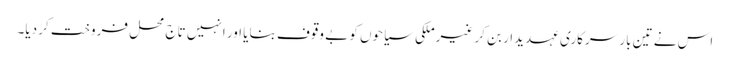
اس نے تین بار سرکاری عہدیدار بن کر غیرملکی سیاحوں کو بے وقوف بنایا اور انہیں تاج محل فروخت کر دیا۔